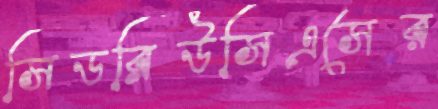
সিডব্লিউসিএসের